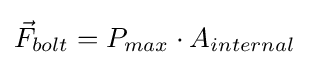
{\vec {F}}_{bolt}=P_{max}\cdot A_{internal}